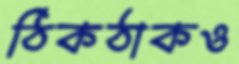
ঠিকঠাকও